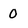
Character: 0